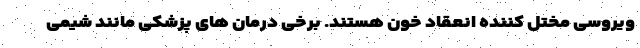
ویروسی مختل کننده انعقاد خون هستند. برخی درمان های پزشکی مانند شیمی